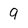
Character: 9